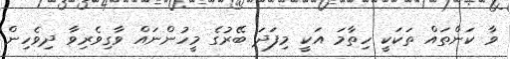
ވާ ކަންތައް ތަކަކީ ހިތާމަ އަކީ މިފަދަ ބޭރުގެ މީހުންނައް ވާގިވެރިވާ ދިވެހިން